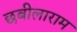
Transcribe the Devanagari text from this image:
छबीलाराम